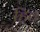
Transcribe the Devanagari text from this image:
हिव